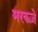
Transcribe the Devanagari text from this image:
मरकज़े